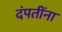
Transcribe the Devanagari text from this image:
दंपतींना